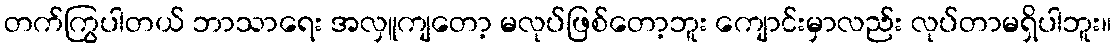
တက်ကြွပါတယ် ဘာသာရေး အလှူကျတော့ မလုပ်ဖြစ်တော့ဘူး ကျောင်းမှာလည်း လုပ်တာမရှိပါဘူး။